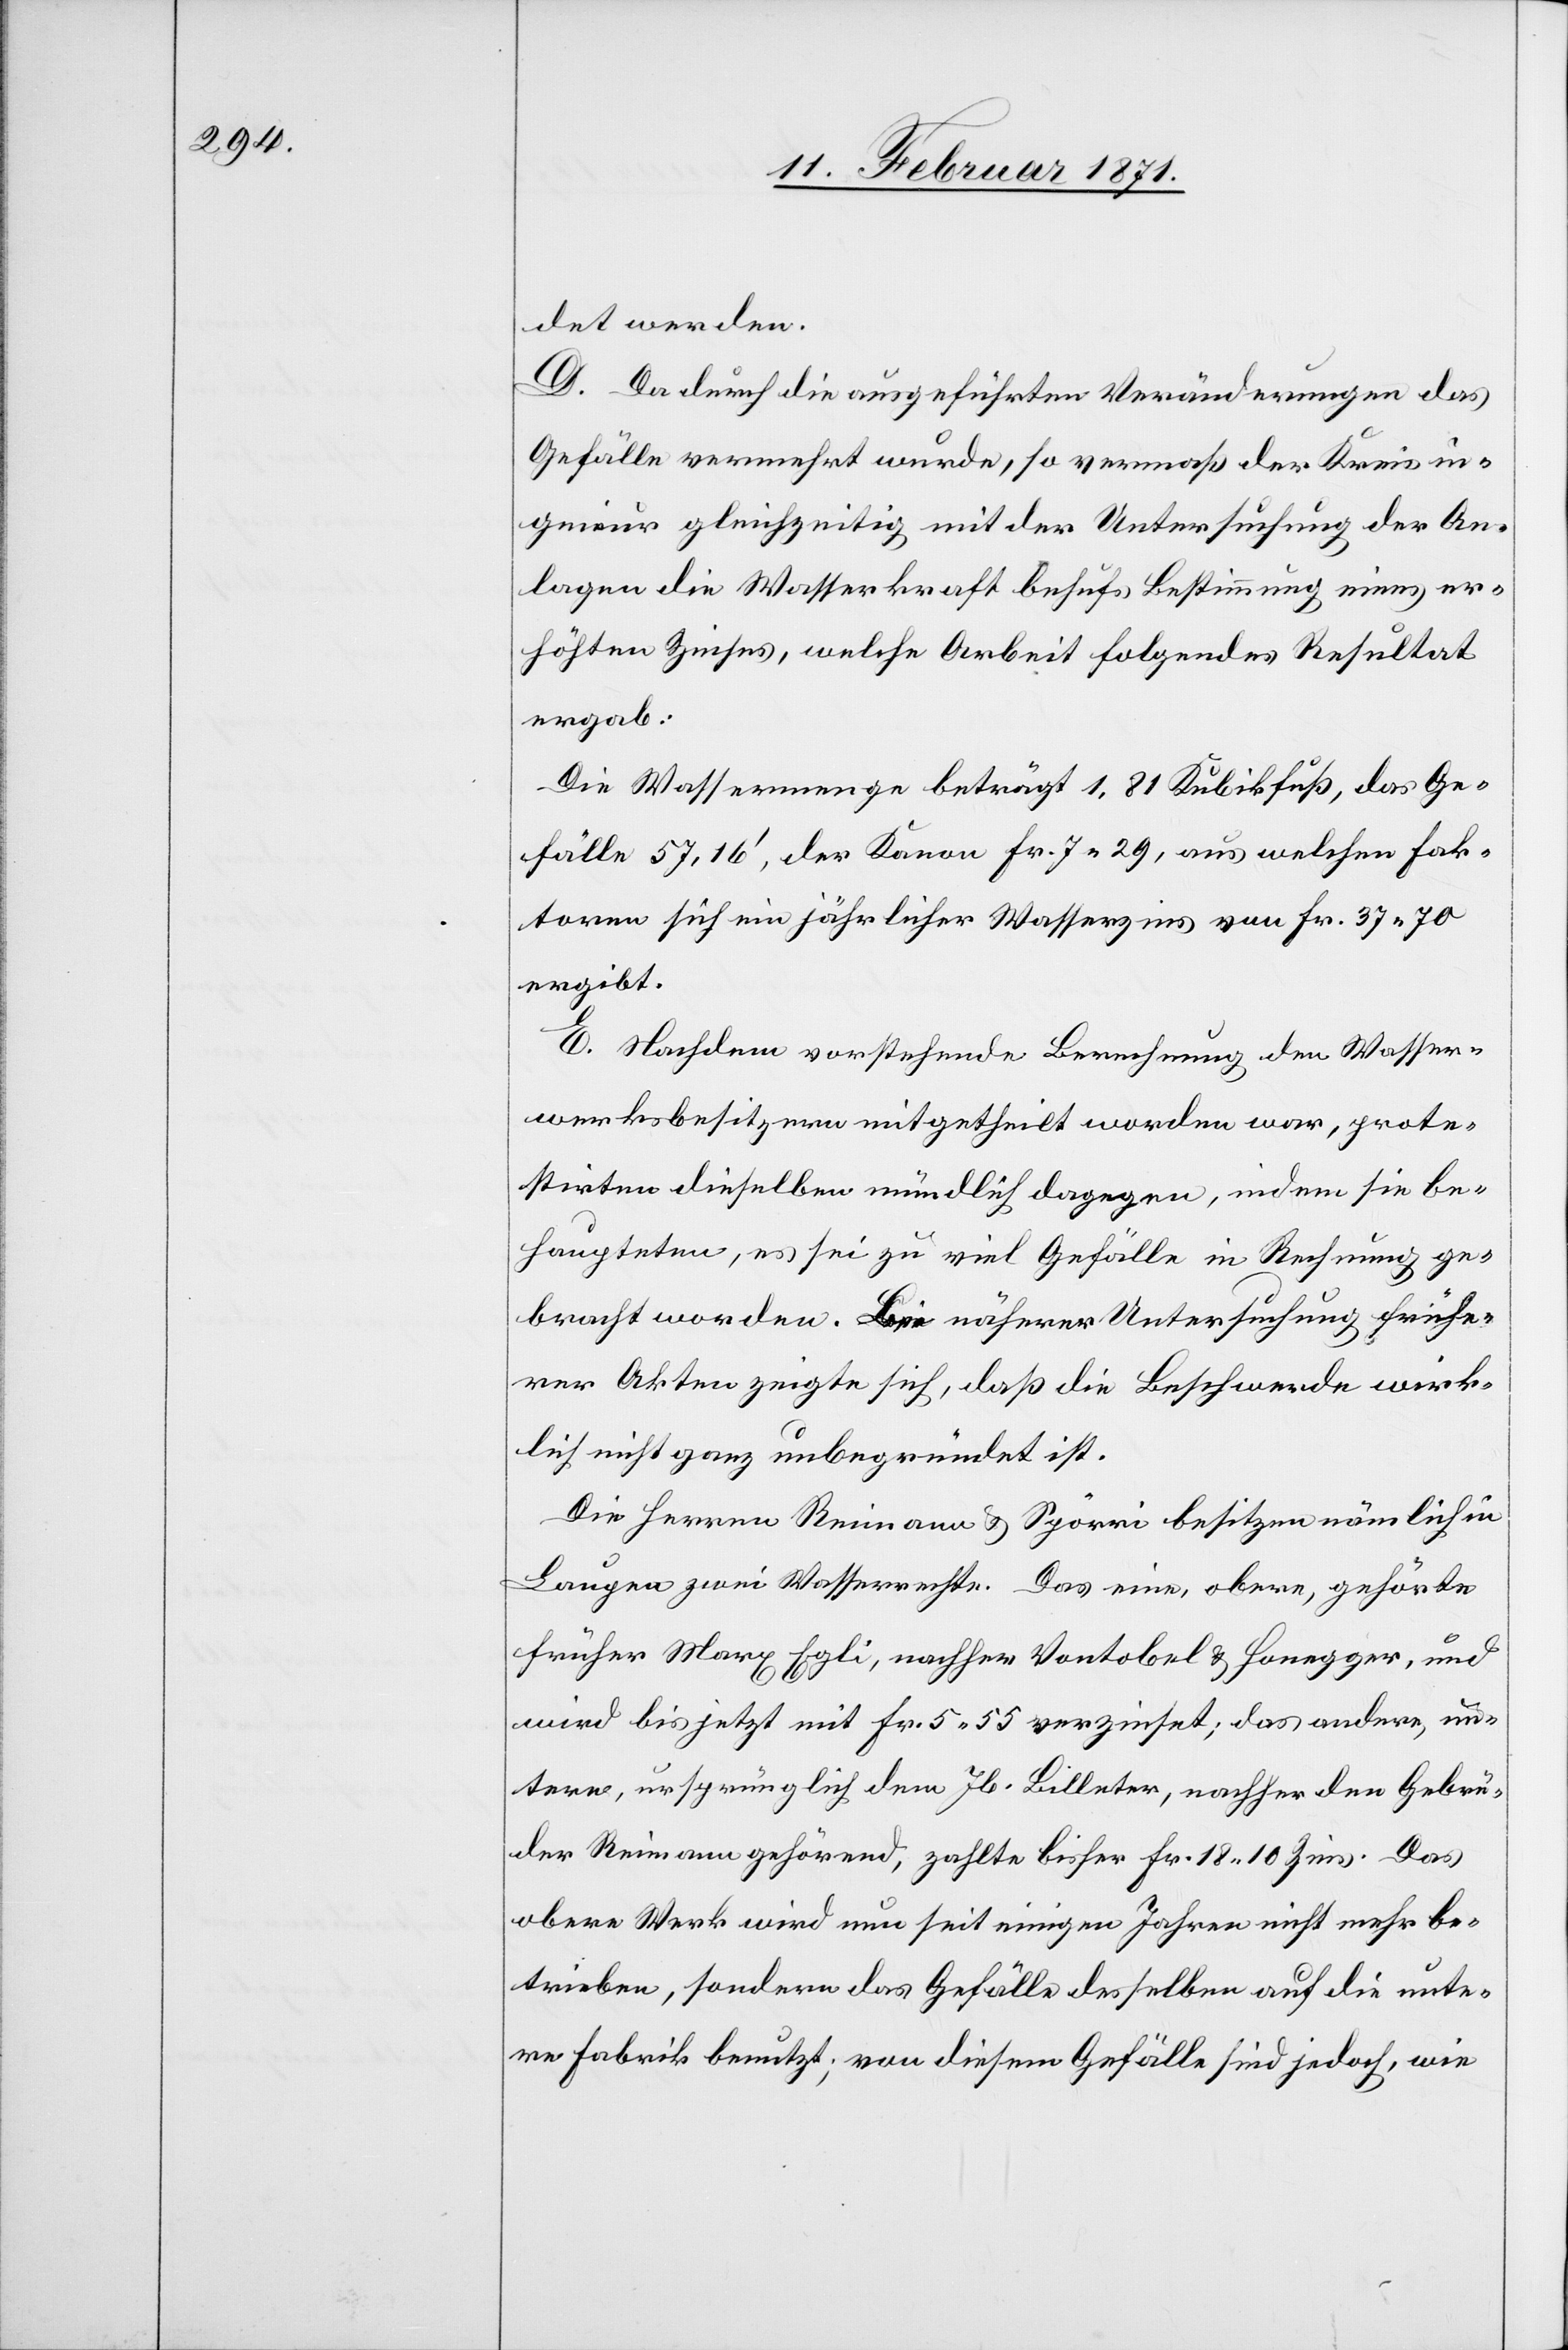
det werden.
D. Da durch die ausgeführten Veränderungen das
Gefälle vermehrt wurde, so vermaß der Kreisin¬
genieur gleichzeitig mit der Untersuchung der An¬
lagen die Wasserkraft behufs Bestimmung eines er¬
höhten Zinses, welche Arbeit folgendes Resultat
ergab:
Die Wassermenge beträgt 1,81 Kubikfuß, das Ge¬
fälle 57.16‘, der Kanon Fr. 7 29, aus welchen Fak¬
toren sich ein jährlicher Wasserzins von Fr. 37 70
ergibt.
E. Nachdem vorstehende Berechnung den Wasser¬
werksbesitzern mitgetheilt worden war, prote¬
stirten dieselben mündlich dagegen, indem sie be¬
haupteten, es sei zu viel Gefälle in Rechnung ge¬
bracht worden. Bei näherer Untersuchung frühe¬
rer Akten zeigte sich, daß die Beschwerde wirk¬
lich nicht ganz unbegründet ist.
Die Herren Reimann u. Spörri besitzen nämlich in
Laupen zwei Wasserrechte. Das eine, obere, gehörte
früher Marx Egli, nachher Vontobel u. Honegger, und
wird bis jetzt mit Fr. 5 55 verzinset; das andere, un¬
tere, ursprünglich dem Jb. Billeter, nachher den Gebrü¬
der Reimann gehörend, zahlte bisher Fr. 18 10 Zins. Das
obere Werk wird nun seit einigen Jahren nicht mehr be¬
trieben, sondern das Gefälle desselben auf die unte¬
re Fabrik benutzt; von diesem Gefälle sind jedoch, wie